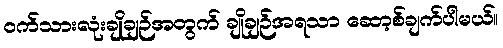
ဝက်သားလုံးချိုချဉ်အတွက် ချိုချဉ်အရသာ ဆော့စ်ချက်ပါမယ်။